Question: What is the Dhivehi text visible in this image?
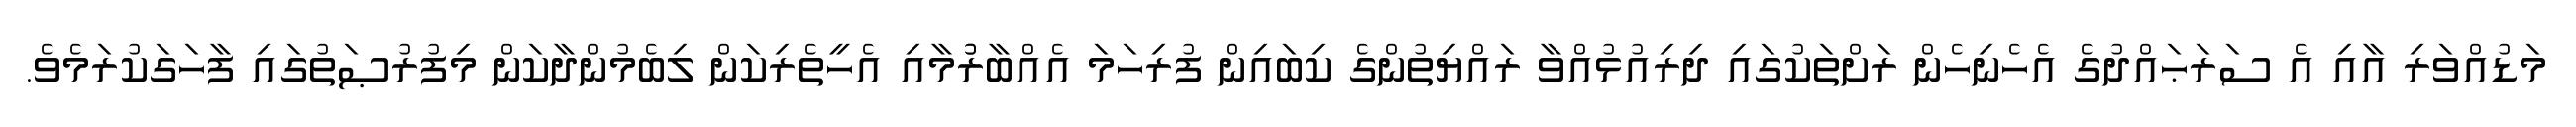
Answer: މަޑުއްވަރި އާއި އެ ސަރަޙައްދުގެ އެހެނިހެން ރަށްތަކުގައި ދިރިއުޅުއްވާ ރައްޔިތުންގެ ކިބައިން ފުރިހަމަ އެއްބާރުުމާއި އެހީތެރިކަން ލިބެމުންދާކަން މިފުރުޞަތުގައި ފާހަގަކުރަމެވެ.